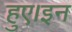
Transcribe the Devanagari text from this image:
हुए।इन